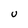
Character: U